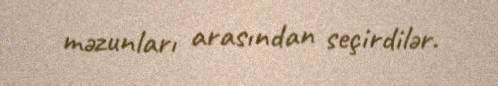
məzunları arasından seçirdilər.